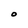
Character: O